Annual administration report of the Civil Veterinary Department of India - 1894-1895
Year: 1894
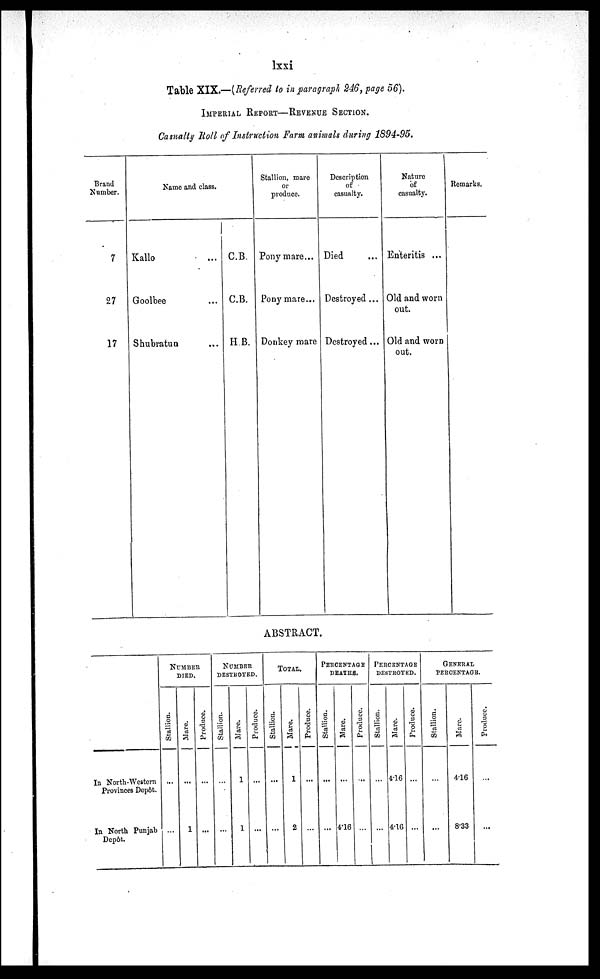
lxxi
Table XIX.—(Referred to in paragraph 246, page 56).
IMPERIAL REPORT—REVENUE SECTION.
Casualty Roll of Instruction Farm animals during 1894-95.
Brand
Number.
7
27
17
Name and class.
Kallo
...
Goolbee ...
Shubratun ...
C.B.
C.B.
H.B.
Stallion, mare
or
produce.
Pony mare...
Pony mare...
Donkey mare
Description
of
casualty.
Died...
Destroyed ...
Destroyed ...
Nature
of
casualty.
Enteritis ...
Old and worn
out.
Old and worn
out.
Remarks.
ABSTRACT.
In North-Western
Provinces Depôt.
In North Punjab
Depôt.
NUMBER
DIED.
Stallion.
...
...
Mare.
...
1
Produce.
...
...
NUMBER
DESTROYED.
Stallion.
...
...
Mare.
1
1
Produce.
...
...
TOTAL.
Stallion.
...
...
Mare.
1
2
Produce.
...
...
PERCENTAGE
DEATHS.
Stallion.
...
...
Mare.
...
4.16
Produce.
...
...
PERCENTAGE
DESTROYED.
Stallion.
...
...
Mare.
4.16
4.16
Produce.
...
...
GENERAL
PERCENTAGE
Stallion.
...
...
Mare.
4.16
8.33
Produce.
...
...